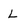
Character: L